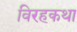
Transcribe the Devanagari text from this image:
विरहकथा